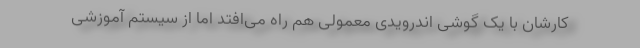
کارشان با یک گوشی اندرویدی معمولی هم راه می‌افتد اما از سیستم آموزشی